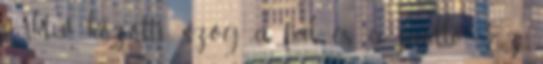
Aktív közötti szög a fal és a padló Ez